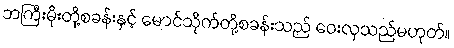
ဘကြီးမိုးတို့စခန်းနှင့် မောင်သိုက်တို့စခန်းသည် ဝေးလှသည်မဟုတ်။